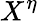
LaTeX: X^{\eta}